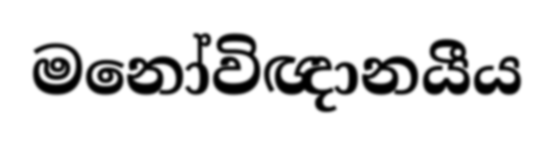
මනෝවිඥානයීය